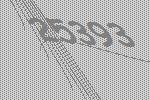
25393